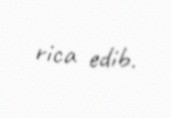
rica edib.